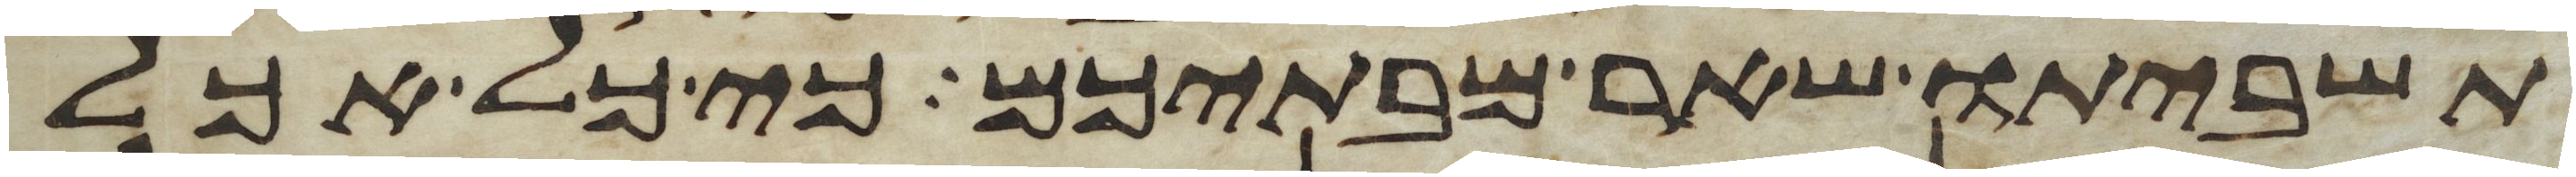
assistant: תשביתו שאר מבתיכם כי כל אכל